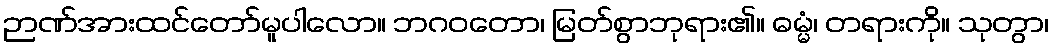
ဉာဏ်အားထင်တော်မူပါလော။ ဘဂဝတော၊ မြတ်စွာဘုရား၏။ ဓမ္မံ၊ တရားကို။ သုတွာ၊